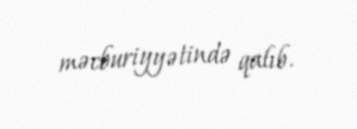
məcburiyyətində qalıb.